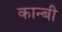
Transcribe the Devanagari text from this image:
कान्बी